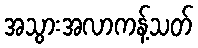
အသွားအလာကန့်သတ်